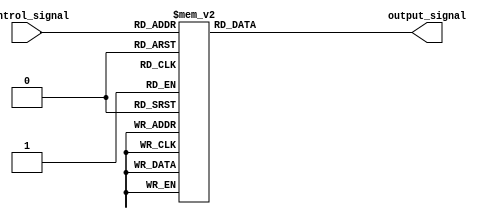
module full_case_statement (
  input [2:0] control_signal,
  output reg [3:0] output_signal
);

always @* begin
  case (control_signal)
    3'b000: output_signal = 4'b0000; // Output signal for control signal 000
    3'b001: output_signal = 4'b0001; // Output signal for control signal 001
    3'b010: output_signal = 4'b0010; // Output signal for control signal 010
    3'b011: output_signal = 4'b0011; // Output signal for control signal 011
    3'b100: output_signal = 4'b0100; // Output signal for control signal 100
    3'b101: output_signal = 4'b0101; // Output signal for control signal 101
    3'b110: output_signal = 4'b0110; // Output signal for control signal 110
    3'b111: output_signal = 4'b0111; // Output signal for control signal 111
  endcase
end
endmodule